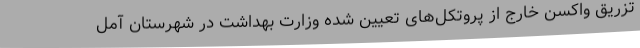
تزریق واکسن خارج از پروتکل‌های تعیین شده وزارت بهداشت در شهرستان آمل